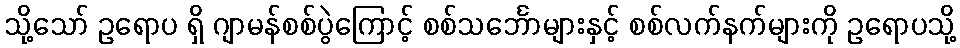
သို့သော် ဥရောပ ရှိ ဂျာမန်စစ်ပွဲကြောင့် စစ်သင်္ဘောများနှင့် စစ်လက်နက်များကို ဥရောပသို့